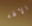
الالهه